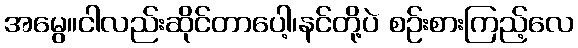
အမွေ။ငါလည်းဆိုင်တာပေါ့၊နင်တို့ပဲ စဉ်းစားကြည့်လေ